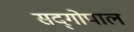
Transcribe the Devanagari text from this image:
सद्‍गोपाल